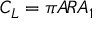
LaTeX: C _ { L } = \pi A \! R A _ { 1 }